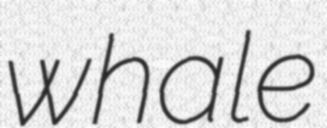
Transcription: whale